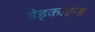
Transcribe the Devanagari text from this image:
डेड्काइन्ड